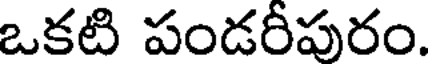
ఒకటి పండరీపురం.